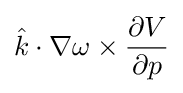
{\hat {k}}\cdot \nabla \omega \times {\frac {\partial V}{\partial p}}